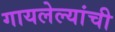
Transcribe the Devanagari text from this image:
गायलेल्यांची